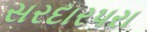
સરદારપરા